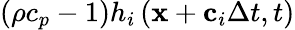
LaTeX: \left({\rho{c_{p}}-1}\right){h_{i}}\left({{\mathbf{x}}+{{\mathbf{c}}_{i}}\Delta t,t}\right)